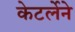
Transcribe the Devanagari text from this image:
केटर्लेने